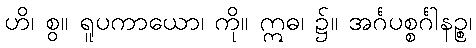
ဟိ၊ စွ။ ရူပကာယော၊ ကို။ ဣဓ၊ ၌။ အင်္ဂပစ္စင်္ဂါနဉ္စ၊